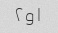
۱و۲